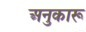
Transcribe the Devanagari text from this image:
अनुकारू